画像に写った文字を読んでください
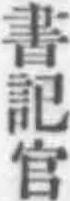
「書記官」と書いてあります